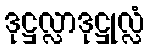
ဒုဋ္ဌလ္လာဒုဋ္ဌုလ္လံ